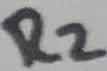
Text: R2